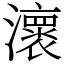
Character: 瀤